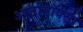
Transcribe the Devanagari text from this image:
आर्टोडॉक्सो